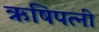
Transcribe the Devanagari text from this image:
ऋषिपत्नी